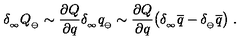
\delta _ { _ \infty } Q _ { _ { \ominus } } \sim { \frac { \partial Q } { \partial q } } \delta _ { _ \infty } q _ { _ { \ominus } } \sim { \frac { \partial Q } { \partial q } } \big ( \delta _ { _ \infty } \overline { { q } } - \delta _ { _ \ominus } \overline { { q } } \big ) \ .